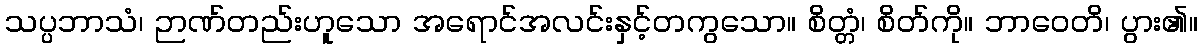
သပ္ပဘာသံ၊ ဉာဏ်တည်းဟူသော အရောင်အလင်းနှင့်တကွသော။ စိတ္တံ၊ စိတ်ကို။ ဘာဝေတိ၊ ပွား၏။